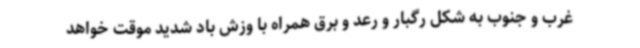
غرب و جنوب به شکل رگبار و رعد و برق همراه با وزش باد شدید موقت خواهد